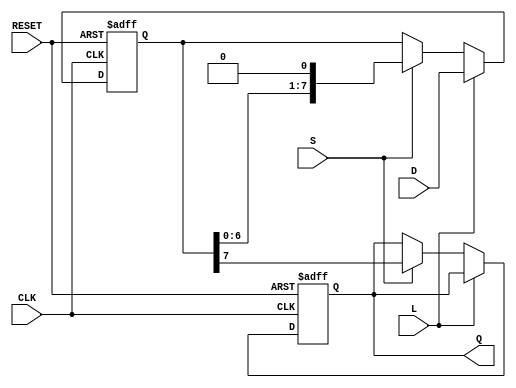
module PISO_Register #(
    parameter N = 8 // Define the width of the data bus; you can change this as needed
)(
    input wire [N-1:0] D,      // Parallel input bus
    input wire L,               // Load control signal
    input wire S,               // Shift control signal
    input wire CLK,             // Clock signal
    input wire RESET,           // Asynchronous reset signal
    output reg Q                // Serial output
);

    reg [N-1:0] shift_reg;      // Shift register storage

    always @(posedge CLK or posedge RESET) begin
        if (RESET) begin
            shift_reg <= {N{1'b0}}; // Clear the register on reset
            Q <= 1'b0;               // Reset serial output
        end else begin
            if (L) begin
                shift_reg <= D;      // Load data in parallel when Load is asserted
            end else if (S) begin
                Q <= shift_reg[N-1]; // Shift out the MSB to Q
                shift_reg <= {shift_reg[N-2:0], 1'b0}; // Shift left
            end
        end
    end

endmodule